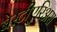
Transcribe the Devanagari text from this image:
बेस्टीएरिअस